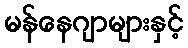
မန်နေဂျာများနှင့်